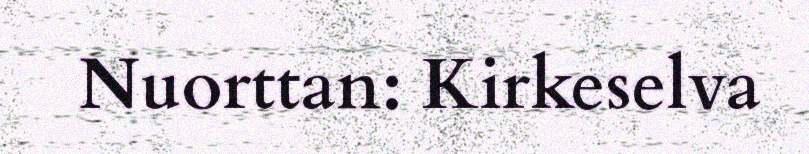
Nuorttan: Kirkeselva